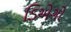
ડિએગો